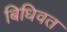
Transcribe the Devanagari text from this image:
बिधिवत